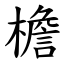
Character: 檐